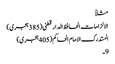
مثلاً
الالزامات الحافظ الدار قطنی (385 ہجری)
المستدرک الامام الحاکم (405 ہجری)
9۔